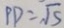
P D = \sqrt { 5 }